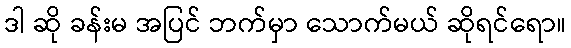
ဒါ ဆို ခန်းမ အပြင် ဘက်မှာ သောက်မယ် ဆိုရင်ရော။